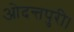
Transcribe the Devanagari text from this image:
ओदन्तपुरी।